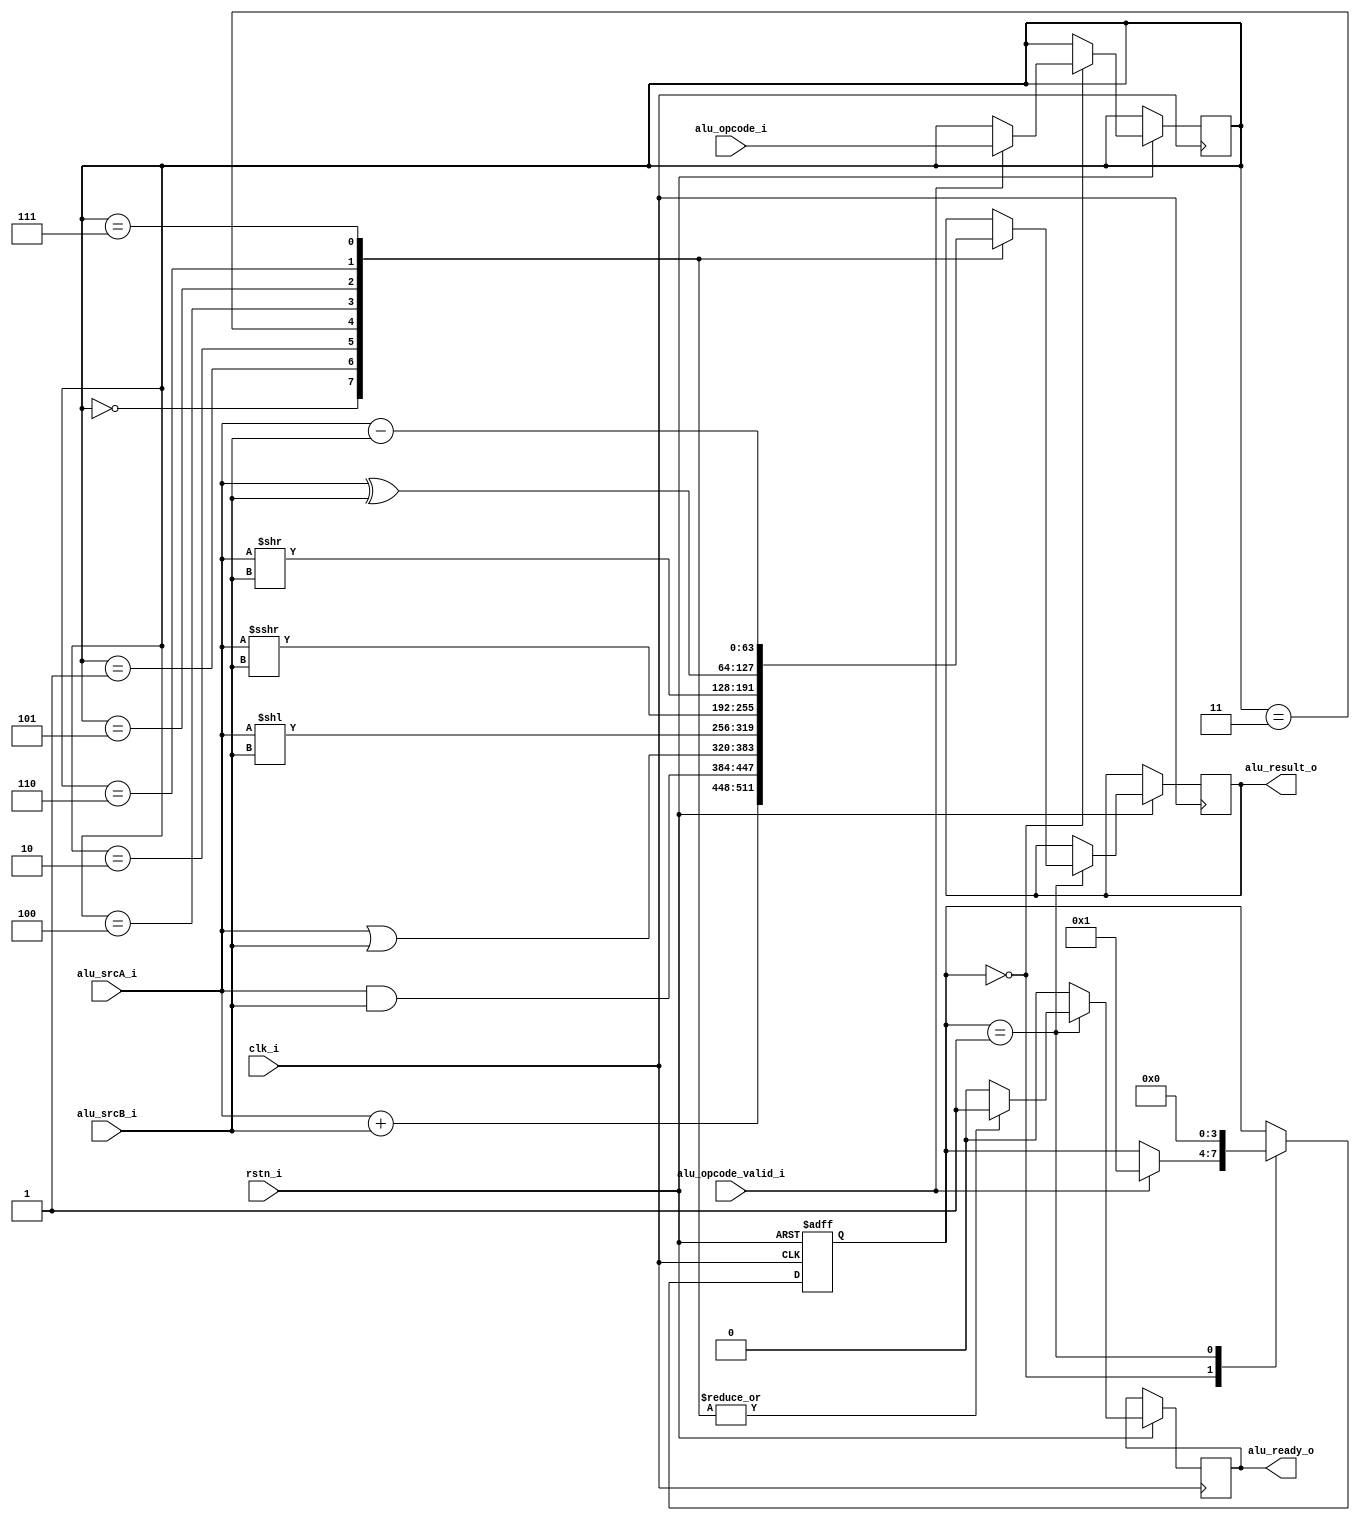
module mystic_alu(
      input  wire          clk_i,
      input  wire          rstn_i,
      input  wire  [5:0]   alu_opcode_i,
      input  wire          alu_opcode_valid_i,

      input  wire  [63:0]  alu_srcA_i,
      input  wire  [63:0]  alu_srcB_i,
      output reg   [63:0]  alu_result_o,
      output reg           alu_ready_o
   );

   reg [3:0] state;
   localparam S_IDLE    = 0;
   localparam S_EXECUTE = 1;

   reg  [5:0]  alu_opcode_reg;

   reg [3:0] cntr;

   always @(posedge clk_i, negedge rstn_i ) begin
      if (!rstn_i) begin
         state <= S_IDLE;
      end else begin
         alu_ready_o   <= 1'b0;
         case (state)
            S_IDLE: begin
               cntr  <= 4'b0000;
               if (alu_opcode_valid_i) begin
                  state             <= S_EXECUTE;
                  alu_opcode_reg    <= alu_opcode_i;
               end
            end

            S_EXECUTE: begin
               
               
               case (alu_opcode_reg)
                  6'b000000: begin // ADD
                    alu_result_o   <= alu_srcA_i + alu_srcB_i;
                    alu_ready_o    <= 1'b1;
                    state          <= S_IDLE;
                     
                  end 

                  6'b000001:  begin // AND
                     alu_result_o   <= alu_srcA_i & alu_srcB_i;
                     alu_ready_o    <= 1'b1;
                     state          <= S_IDLE;
                  end 

                  6'b000010:   begin // OR
                     alu_result_o   <= alu_srcA_i | alu_srcB_i;
                     alu_ready_o    <= 1'b1;
                     state          <= S_IDLE;
                  end

                  6'b000011: begin // SLL
                     alu_result_o   <= alu_srcA_i << alu_srcB_i;
                     alu_ready_o    <= 1'b1;
                     state          <= S_IDLE;
                  end

                  6'b000100: begin // SRA
                     alu_result_o   <= alu_srcA_i >>> alu_srcB_i;
                     alu_ready_o    <= 1'b1;
                     state          <= S_IDLE;
                  end

                  6'b000101: begin // SRL
                     alu_result_o   <= alu_srcA_i >> alu_srcB_i;
                     alu_ready_o    <= 1'b1;
                     state          <= S_IDLE;
                  end

                  6'b000110: begin // XOR
                     alu_result_o   <= alu_srcA_i ^ alu_srcB_i;
                     alu_ready_o    <= 1'b1;
                     state          <= S_IDLE;
                  end

                  6'b000111: begin // SUB
                     alu_result_o   <= alu_srcA_i - alu_srcB_i;
                     alu_ready_o    <= 1'b1;
                     state          <= S_IDLE;
                  end

                  default: begin // 
                     state    <= S_IDLE;
                  end
               endcase
            end

         endcase
      end
   end
     

endmodule